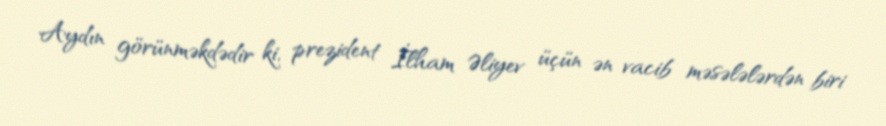
Aydın görünməkdədir ki, prezident İlham Əliyev üçün ən vacib məsələlərdən biri